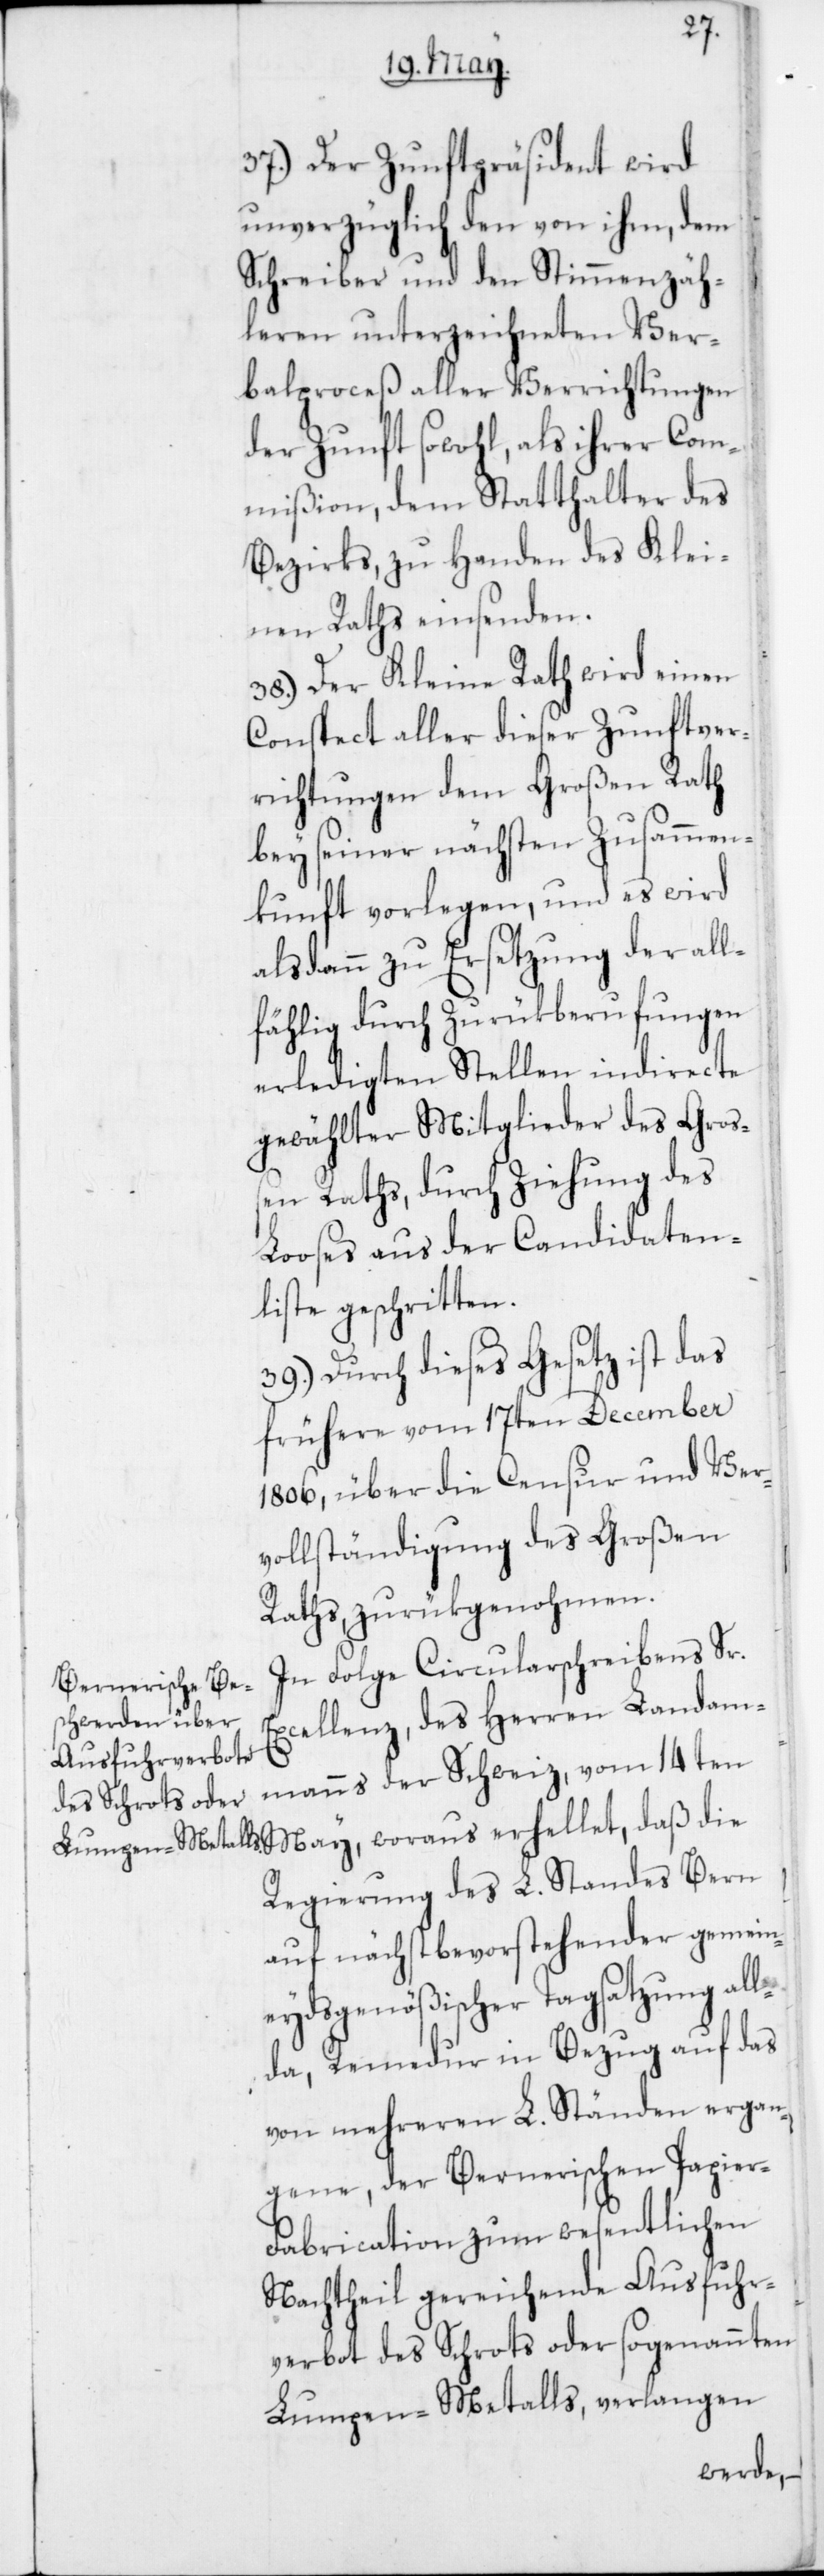
37. Der Zunftpräsident wird
unverzüglich den von ihm, dem
Schreiber und den Stimmenzäh¬
leren unterzeichneten Ver¬
balproceß aller Verrichtungen
der Zunft sowohl, als ihrer Com¬
mißion, dem Statthalter des
Bezirks, zu Handen des Klei¬
nen Raths einsenden.
38. Der Kleine Rath wird einen
Conspect aller dieser Zunftver¬
richtungen dem Großen Rath
bey seiner nächsten Zusammen¬
kunft vorlegen, und es wird
alsdann zu Ersetzung der all¬
fählig durch Zurükberufungen
erledigten Stellen indirecte
gewählter Mitglieder des Groß¬
en Raths, durch Ziehung des
Looses aus der Candidaten¬
liste geschritten.
39. Durch dieses Gesetz ist das
frühere vom 17ten December
1806, über die Censur und Ver¬
vollständigung des Großen
Raths, zurükgenohmen.
In Folge Circularschreibens Sr.
Excellenz des Herren Landam¬
manns der Schweiz vom 14ten
Regierung des L. Standes Bern
auf nächst bevorstehender gemeyn¬
eydsgenößischer Tagsatzung all¬
da, Remedur in Bezug auf das
von mehreren L. Ständen ergan¬
gene, der Bernerischen Papier-F¬
abrication zum wesentlichen
Nachtheil gereichende Ausfuhr¬
verbot des Schrots oder sogenannten
Lumpen-Metalls, verlangen